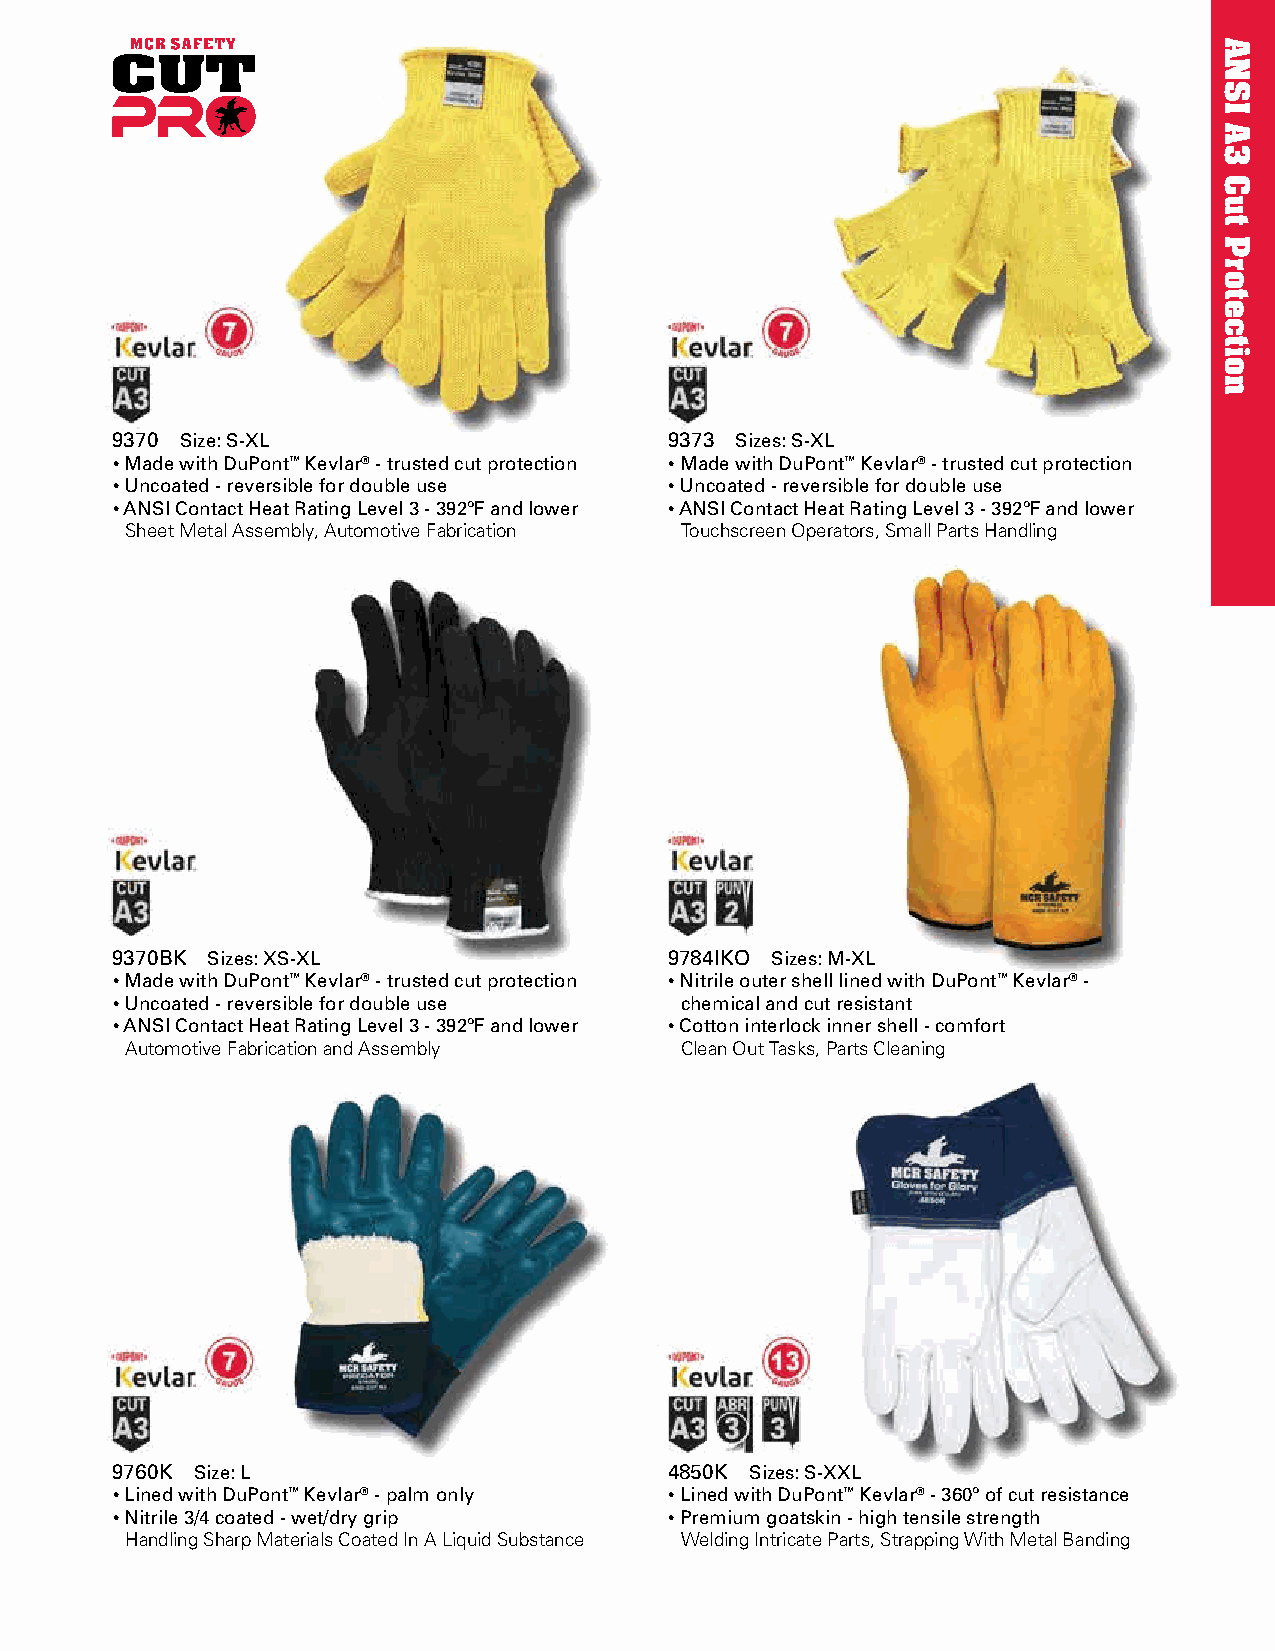
9370 Size: S-XL                      9373 Sizes: S-XL
 • Made with DuPont™ Kevlar® - trusted cut protection • Made with DuPont™ Kevlar® - trusted cut protection
 • Uncoated - reversible for double use • Uncoated - reversible for double use
 • ANSI Contact Heat Rating Level 3 - 392ºF and lower • ANSI Contact Heat Rating Level 3 - 392ºF and lower
 Sheet Metal Assembly, Automotive Fabrication Touchscreen Operators, Small Parts Handling
 9370BK Sizes: XS-XL                  9784IKO Sizes: M-XL
 • Made with DuPont™ Kevlar® - trusted cut protection • Nitrile outer shell lined with DuPont™ Kevlar® -
 • Uncoated - reversible for double use chemical and cut resistant
 • ANSI Contact Heat Rating Level 3 - 392ºF and lower • Cotton interlock inner shell - comfort
 Automotive Fabrication and Assembly  Clean Out Tasks, Parts Cleaning
 9760K Size: L                        4850K Sizes: S-XXL
 • Lined with DuPont™ Kevlar® - palm only • Lined with DuPont™ Kevlar® - 360º of cut resistance
 • Nitrile 3/4 coated - wet/dry grip  • Premium goatskin - high tensile strength
 Handling Sharp Materials Coated In A Liquid Substance Welding Intricate Parts, Strapping With Metal Banding
 ANSI
 A3
 Cut
 Protection